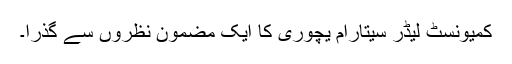
کمیونسٹ لیڈر سیتارام یچوری کا ایک مضمون نظروں سے گذرا۔